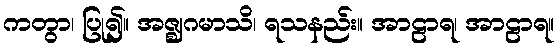
ကတွာ၊ ပြု၍။ အဇ္ဈဂမာသိ၊ ရသနည်း။ အာဠာရ၊ အာဠာရ။